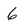
Character: 6